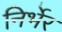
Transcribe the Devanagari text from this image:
निर्भेर